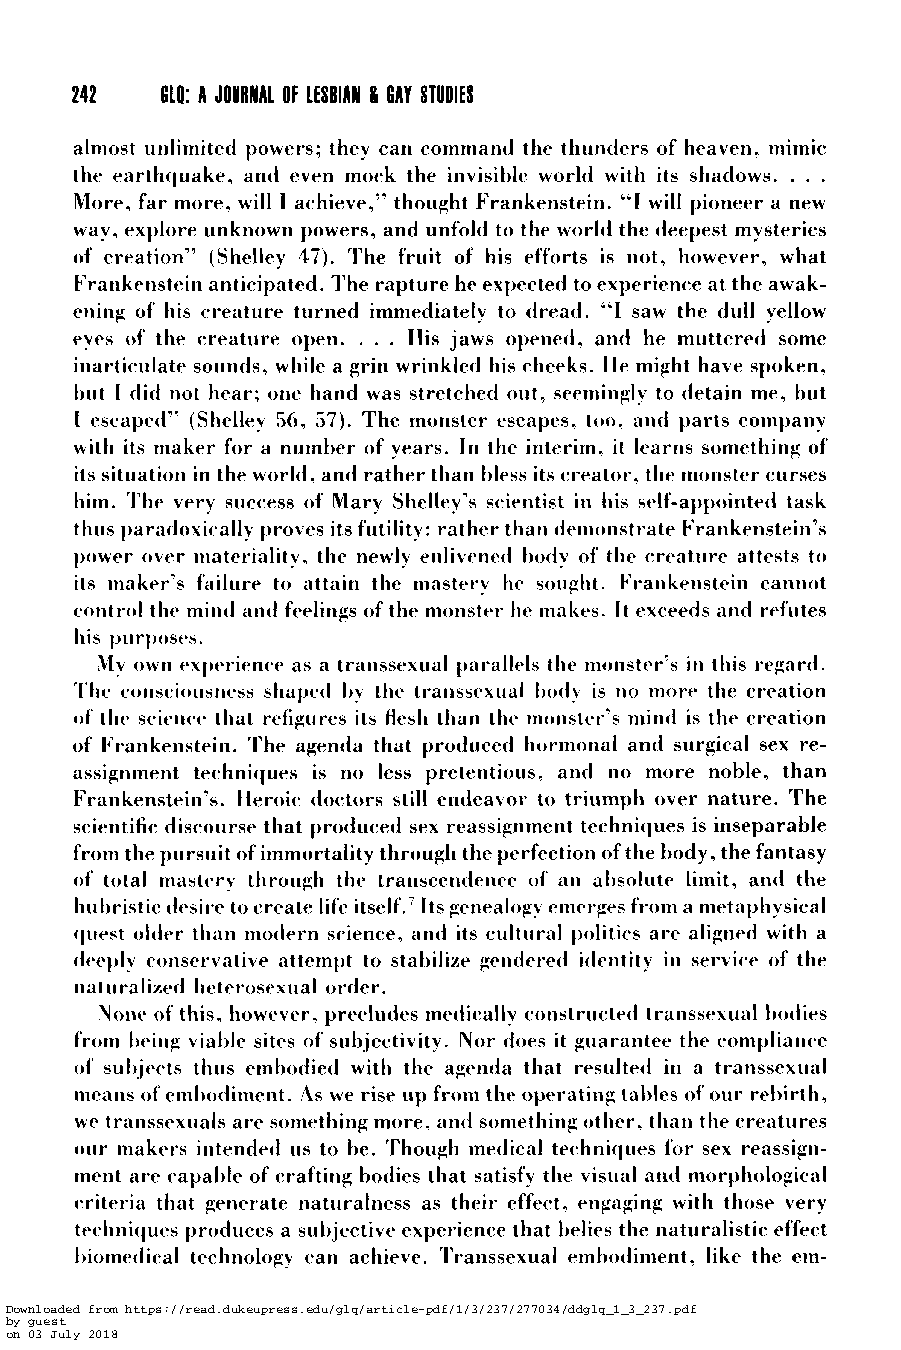
242   610: A JOURNAL Of LESBIAN 8 6AY STUDIES
 almost unlimited powers; they can command the thunders of heaven, mimic
 the earthquake, and even mock the invisible world with its shadows. . . .
 More, far more, will I achieve,” thought Frankenstein. “I will pioneer a new
 way, explore unknown powers, and unfold to the world the deepest mysteries
 of creation” (Shelley 47). The fruit of his efforts is not, however, what
 Frankenstein anticipated. The rapture he expected to experience at the awak-
 ening of his creature turned immediately to dread. “I saw the dull yellow
 eyes of the creature open. . . . His jaws opened, and he muttered some
 inarticulate sounds, while a grin wrinkled his cheeks. He might have spoken,
 but I did not hear; one hand was stretched out, seemingly to detain me, but
 1 escaped” (Shelley 56, 57). The monster escapes, too, and parts company
 with its maker for a number of years. In the interim, it learns something of
 its situation in the world, and rather than bless its creator, the monster curses
 him. The very success of Mary Shelley’s scientist in his self-appointed task
 thus paradoxically proves its futility: rather than demonstrate Frankenstein’s
 power over materiality, the newly enlivened hody of the creature attests to
 its maker’s failure to attain the mastery he sought. Frankenstein catinot
 control the mincl anti feelings of the monster he makes. It exceeds and refutes
 his purposes.
 My own experienc-e as a transsexual parallels the monster’s in this regard.
 The cons(*iousness shaped hy the transsexual h l y i s no more the creation
 of the scienre that refigures its flesh than the monster’s mind is the creation
 of Frankenstein. The agenda that produced hormonal and surgical sex re-
 assignment techniques is no less pretentious, and no more noble, than
 Frankenstein’s. Heroic doctors still endeavor to triumph over nature. The
 scientific discourse that produced sex reassignment techniques is inseparable
 from the pursuit of immortality through the perfection of the body, the fantasy
 of total mastery through the transcendence of an atisolute limit, and the
 hiil)ristic desire to create life itself.‘ Its genealogy emerges from a metaphysical
 quest older than modern science, and its cultural politics are aligned with a
 cltvy~lyc oriservative attempt to stabilize gendered identity in service of the
 .
 t i a t LI r a Ii zed he t e r osex 11 a I ord er
 None of this, however, precludes medically constructed transsexrial hodies
 from hing viable sites of subjectivity. Nor does it guarantee the compliance
 of sut).jects thus emhdied with the agenda that resulted in a transsexual
 means of ern1)odiment. As we rise up from the opt*ratingt ables of our rebirth,
 we transsexuals are something more, arid something other, than the creatures
 our makers intended us to he. Though medical techniques for sex reassign-
 ment are capahle of crafting tlodies that satisfy the visual and morphological
 criteria that generate naturalness as their effect, engaging with those very
 techniques produces a suhjective experience that helies the naturalistic effect
 t)iomeciic-al technology can achieve. Transsexual emtiodiment, like the em-
 Downloaded from https://read.dukeupress.edu/glq/article-pdf/1/3/237/277034/ddglq_1_3_237.pdf
 by guest
 on 03 July 2018